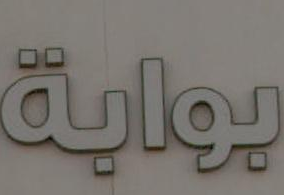
بوابة